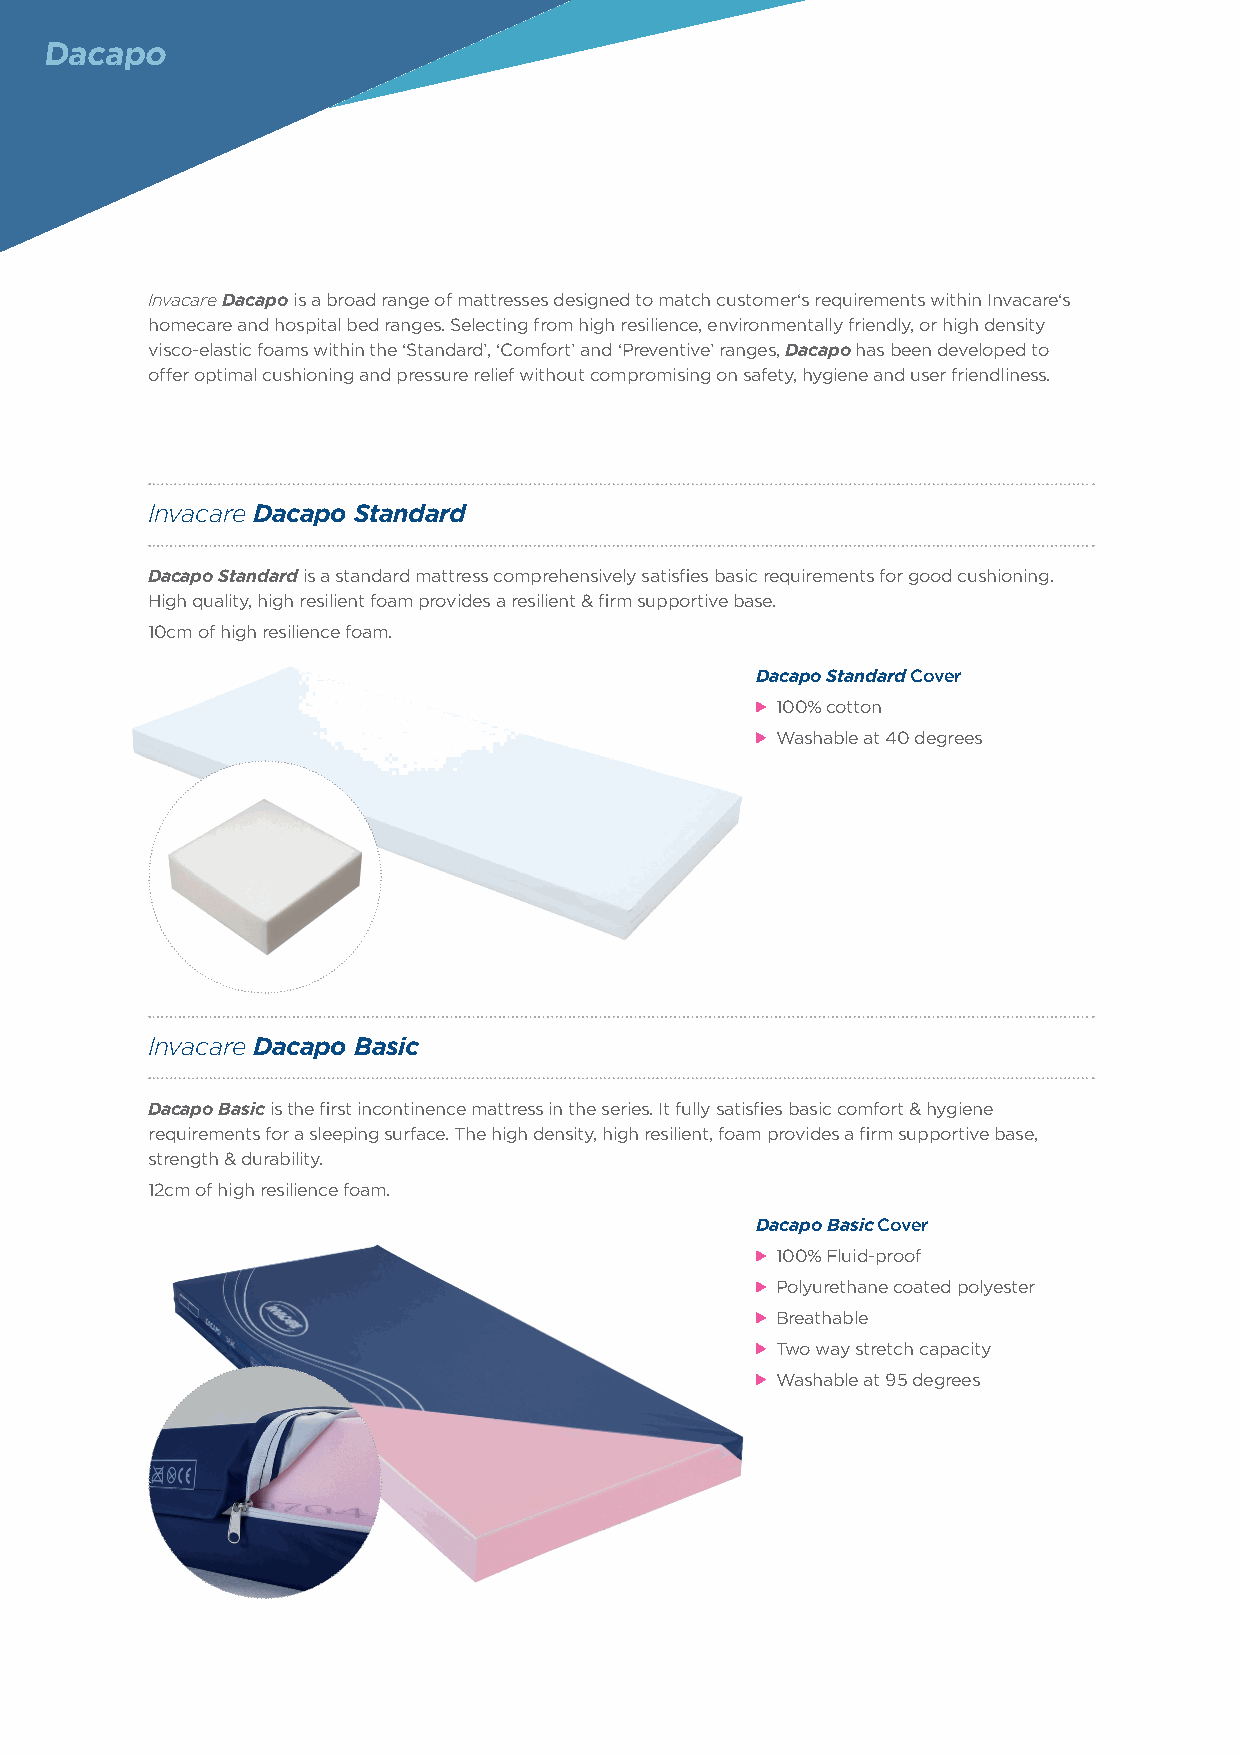
Dacapo
 Invacare Dacapo is a broad range of mattresses designed to match customer‘s requirements within Invacare‘s
 homecare and hospital bed ranges. Selecting from high resilience, environmentally friendly, or high density
 visco-elastic foams within the ‘Standard’, ‘Comfort’ and ‘Preventive’ ranges, Dacapo has been developed to
 offer optimal cushioning and pressure relief without compromising on safety, hygiene and user friendliness.
 Invacare Dacapo Standard
 Dacapo Standard is a standard mattress comprehensively satisfies basic requirements for good cushioning.
 High quality, high resilient foam provides a resilient & firm supportive base.
 10cm of high resilience foam.
 Dacapo Standard Cover
 100% cotton
 Washable at 40 degrees
 Invacare Dacapo Basic
 Dacapo Basic is the first incontinence mattress in the series. It fully satisfies basic comfort & hygiene
 requirements for a sleeping surface. The high density, high resilient, foam provides a firm supportive base,
 strength & durability.
 12cm of high resilience foam.
 Dacapo Basic Cover
 100% Fluid-proof
 Polyurethane coated polyester
 Breathable
 Two way stretch capacity
 Washable at 95 degrees